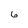
Character: 6